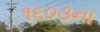
૧૬૦૩ના